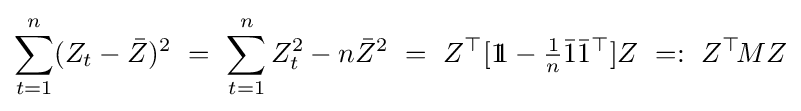
\sum _{t=1}^{n}(Z_{t}-{\bar {Z}})^{2}~=~\sum _{t=1}^{n}Z_{t}^{2}-n{\bar {Z}}^{2}~=~Z^{\top }[1\!\!1-{\textstyle {\frac {1}{n}}}{\bar {1}}{\bar {1}}^{\top }]Z~=:~Z^{\top }\!MZ